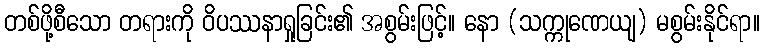
တစ်ဖို့စီသော တရားကို ဝိပဿနာရှုခြင်း၏ အစွမ်းဖြင့်။ နော (သက္ကုဏေယျ) မစွမ်းနိုင်ရာ။